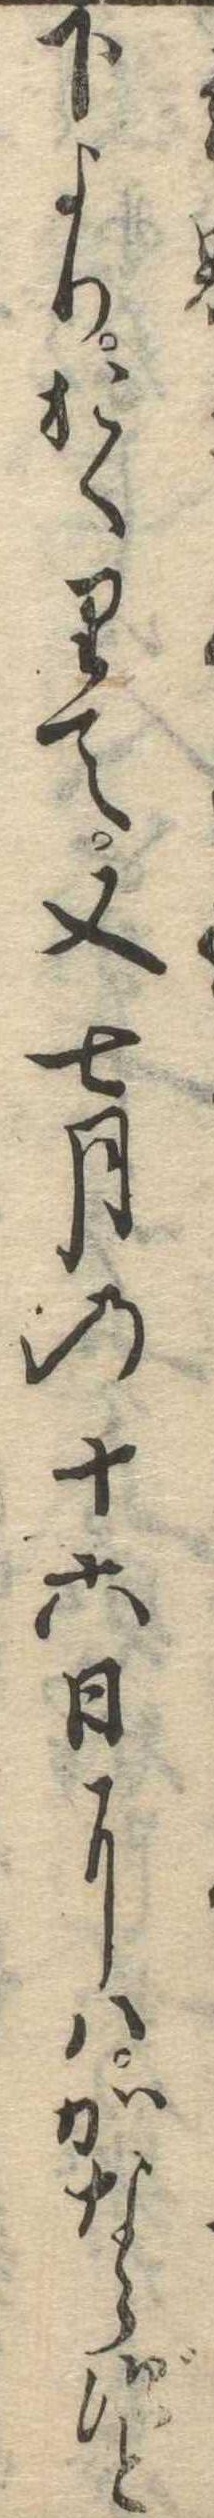
下よりおくりて又七月の十六日にはかならずと